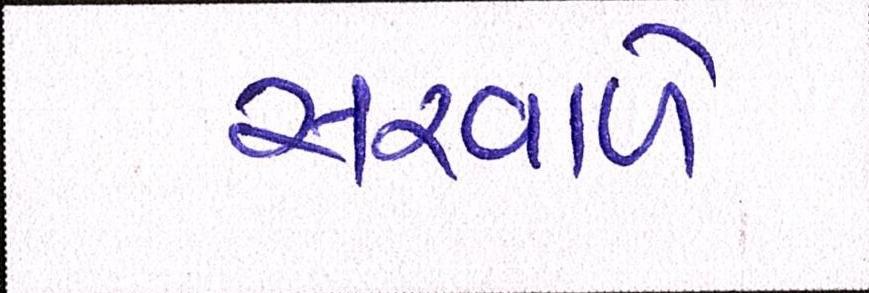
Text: સરવાળે